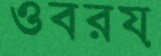
ওবরয়